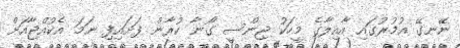
ނޭނގޭ އުމުރުގައި އާއިލާގެ މީހަކު ޖިންސީ ގޯނާ ކުރާން ފަށައިފި ނަމަ އެކުއްޖާއަށް